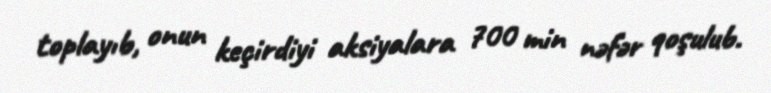
toplayıb, onun keçirdiyi aksiyalara 700 min nəfər qoşulub.